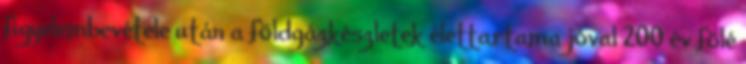
figyelembevétele után a földgázkészletek élettartama jóval 200 év fölé